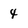
Character: 4